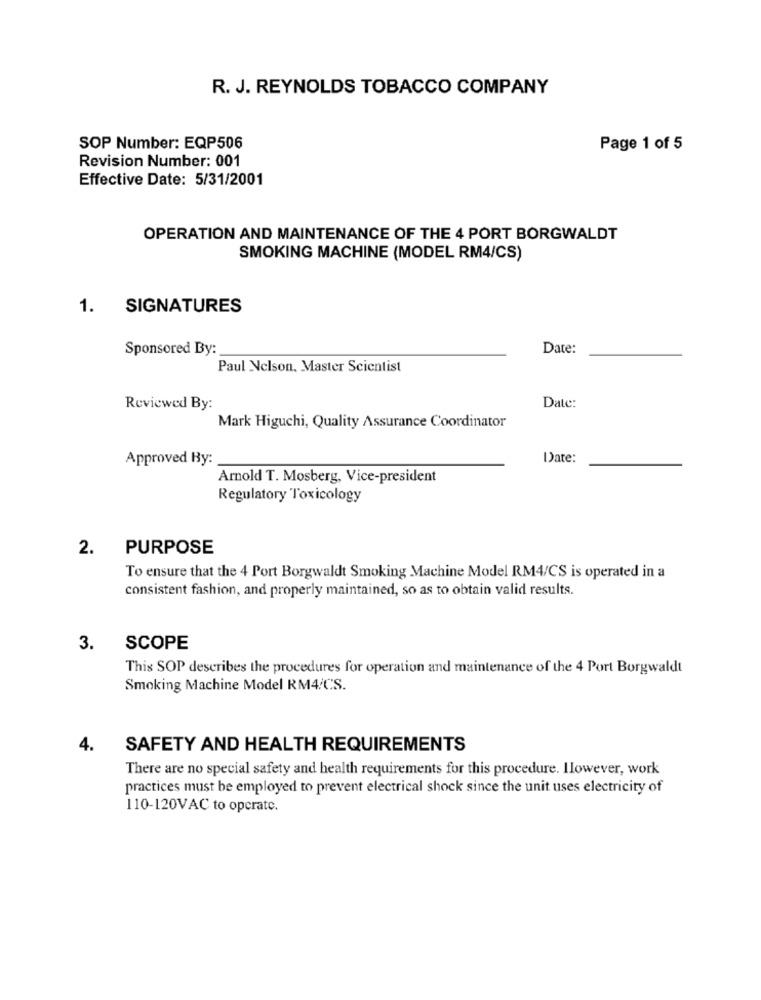
R. J. REYNOLDS TOBACCO COMPANY
SOP Number: EQP506
Page 1 of 5
Revision Number: 001
Effective Date: 5/31/2001
OPERATION AND MAINTENANCE OF THE 4 PORT BORGWALDT
SMOKING MACHINE (MODEL RM4/CS)
1.
SIGNATURES
Sponsored By:
Date:
Paul Nelson, Master Scientist
Reviewed By:
Date:
Mark Higuchi, Quality Assurance Coordinator
Approved By:
Date:
Arnold T. Mosberg, Vice-president
Regulatory Toxicology
2. PURPOSE
To ensure that the 4 Port Borgwaldt Smoking Machine Model RM4/CS is operated in a
consistent fashion, and properly maintained, so as to obtain valid results.
3.
SCOPE
This SOP describes the procedures for operation and maintenance of the 4 Port Borgwaldt
Smoking Machine Model RM4/CS.
4.
SAFETY AND HEALTH REQUIREMENTS
There are no special safety and health requirements for this procedure. Ilowever, work
practices must be employed to prevent electrical shock since the unit uses electricity of
110-120VAC to operate.